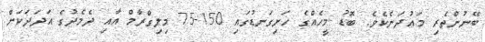
ބޭނުންތެރި މަޢުދަނެކެވެ. ބޮޑު މީހެއްގެ ހަށިގަނޑުގައި 150-75 މިލިގްރާމް އާއި ދެމެދުގެ އަދަދަކަށް